Sketch of the medical history of the native army of Bombay, for the year
Year: 1875
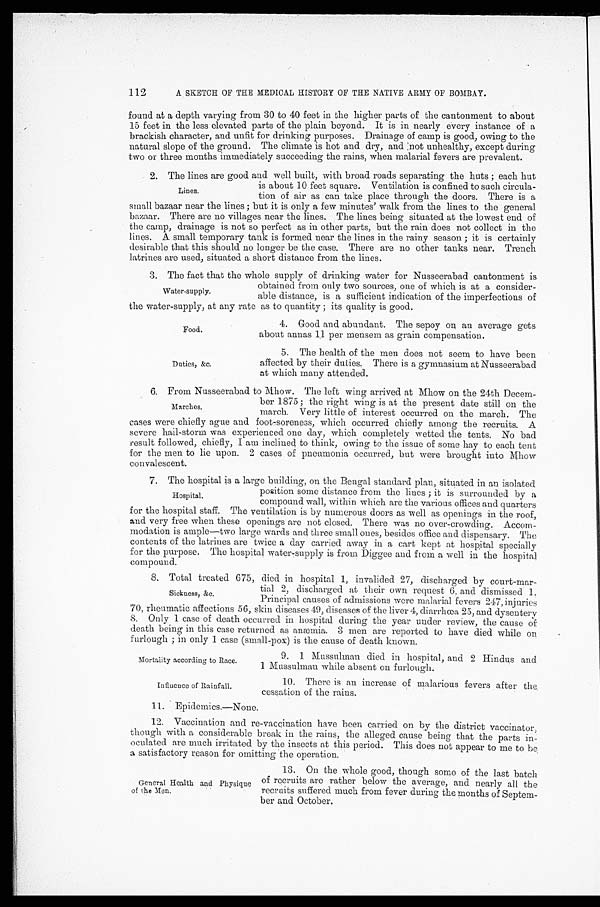
Mortality according to Race.
Influence of Rainfall.
A SKETCH OF THE MEDICAL HISTORY OF THE NATIVE ARMY OF BOMBAY.
found at a depth varying from 30 to 40 feet in the higher parts of the cantonment to about
15 feet in the less elevated parts of the plain beyond. It is in nearly every instance of a
brackish character, and unfit for drinking purposes. Drainage of camp is good, owing to the
natural slope of the ground. The climate is hot and dry, and not unhealthy, except during
two or three months immediately succeeding the rains, when malarial fevers are prevalent.
2. The lines are good and well built, with broad roads separating the huts; each hut
is about 10 feet square. Ventilation is confined to such circula
-
tion of air as can take place through the doors. There is a
small bazaar near the lines; but it is only a few minutes' walk from the lines to the general
bazaar. There are no villages near the lines. The lines being situated at the lowest end of
the camp, drainage is not so perfect as in other parts, but the rain does not collect in the
lines. A. small temporary tank is formed near the lines in the rainy season; it is certainly
desirable that this should no longer be the case. There are no other tanks near. Trench
latrines are used, situated a short distance from the lines.
3. The fact that the whole supply of drinking water for Nusseerabad cantonment is
obtained from only two sources, one of which is at a consider
-
able distance, is a sufficient indication of the imperfections of
the water-supply, at any rate as to quantity; its quality is good.
4. Good and abundant. The sepoy on an average gets
about annas 11 per mensem as grain compensation.
112
Lines.
Water-supply.
Food.
Duties, &c.
5. The health of the men does not seem to have been
affected by their duties. There is a gymnasium at Nusseerabad
at which many attended.
6. From Nusseerabad to Mhow. The left wing arrived at Mhow on the 24th Decem
-
ber 1875; the right wing is at the present date still on the
march. Very little of interest occurred on the march. The
cases were chiefly ague and foot-soreness, which occurred chiefly among the recruits. A
severe hail-storm was experienced one day, which completely wetted the tents. No bad
result followed, chiefly, I am inclined to think, owing to the issue of some hay to each tent
for the men to lie upon. 2 cases of pneumonia occurred, but were brought into Mhow
convalescent.
7. The hospital is a large building, on the Bengal standard plan, situated in an isolated
position some distance from the lines; it is surrounded by a
compound wall, within which are the various offices and quarters
for the hospital staff. The ventilation is by numerous doors as well as openings in the roof,
and very free when these openings are not closed. There was no over-crowding. Acco
m-
modation is ample—two large wards and three small ones, besides office and dispensary. T
he
contents of the latrines are twice a day carried away in a cart kept at hospital specially
for the purpose. The hospital water-supply is from Diggee and from a well in the hospital
compound.
8. Total treated 675, died in hospital 1, invalided 27, discharged by court-mar
-
tial 2, discharged at their own request 6, and dismissed 1.
Principal causes of admissions were malarial fevers 247, injuries
70, rheumatic affections 56, skin diseases 49, diseases of the liver 4, diarrhœa 25, and dysentery
S. Only 1 case of death occurred in hospital during the year under review, the cause of
death being in this case returned as anæmia. 3 men are reported to have died while
on
furlough; in only 1 case (small-pox) is the cause of death known.
Marches.
Hospital.
Sickness, &c.
9. 1 Mussulman died in hospital, and 2 Hindus and
1 Mussulman while absent on furlough.
10. There is an increase of malarious fevers after the
cessation of the rains.
11. Epidemics.—None
12. Vaccination and re-vaccination have been carried on by the district vaccinator
though with a considerable break in the rains, the alleged cause being that the parts in
-
oculated are much irritated by the insects at this period. This does not appear to me to be
a satisfactory reason for omitting the operation.
General Health and Physique
of the Men.
13. On the whole good, though some of the last batch
of recruits are rather below the average, and nearly all the
recruits suffered much from fever during the months of Septem
-
ber and October.